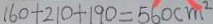
1 6 0 + 2 1 0 + 1 9 0 = 5 6 0 c m ^ { 2 }